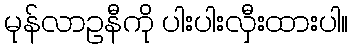
မုန်လာဥနီကို ပါးပါးလှီးထားပါ။